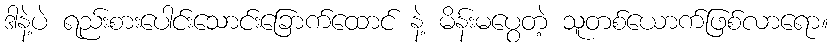
ဒါနဲ့ပဲ ရည်းစားပေါင်းသောင်းခြောက်ထောင် နဲ့ မိန်းမပွေတဲ့ သူတစ်ယောက်ဖြစ်လာရော။